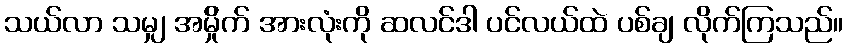
သယ်လာ သမျှ အမ်ှိုက် အားလုံးကို ဆလင်ဒါ ပင်လယ်ထဲ ပစ်ချ လိုက်ကြသည်။